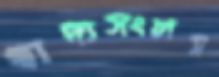
খাদ্যসংলগ্ন